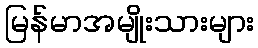
မြန်မာအမျိုးသားများ